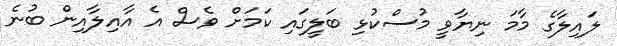
ލައިލާގެ މާމަ ނިޔާވީ މުސްކުޅި ބަލީގައި ކަމަށް ވެސް އެ އާއިލާއިން ބުނެ